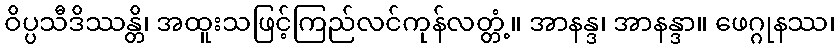
ဝိပ္ပသီဒိဿန္တိ၊ အထူးသဖြင့်ကြည်လင်ကုန်လတ္တံ့။ အာနန္ဒ၊ အာနန္ဒာ။ ဖေဂ္ဂုနဿ၊